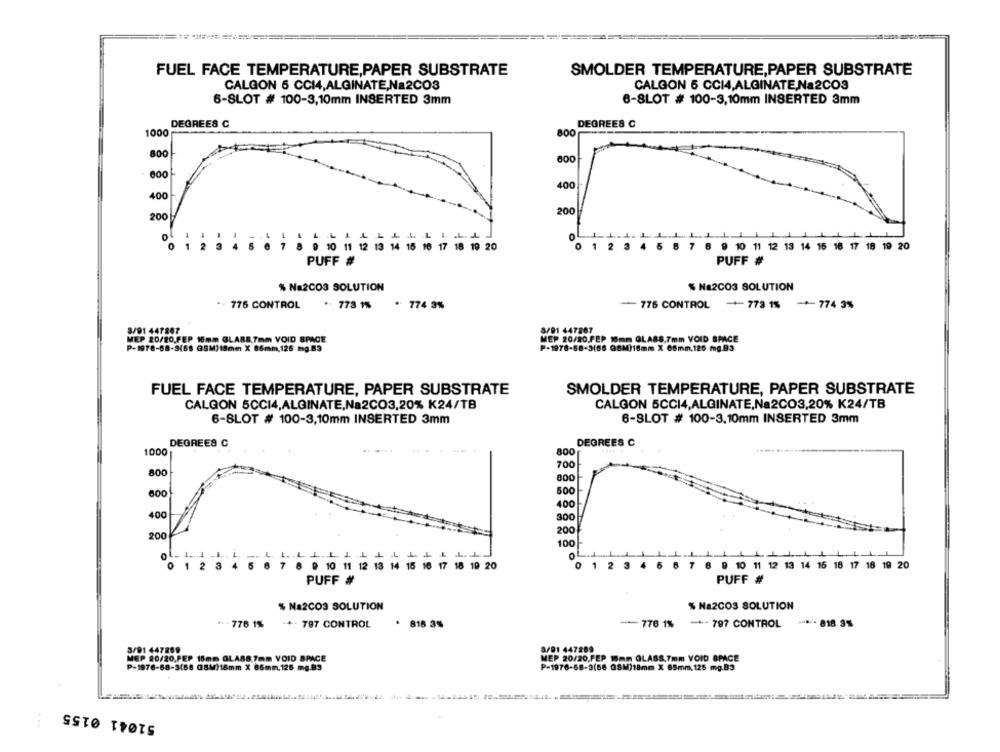
FUEL FACE TEMPERATURE,PAPER SUBSTRATE
SMOLDER TEMPERATURE,PAPER SUBSTRATE
CALGON 5 CC14,ALGINATE,Na2CO3
CALGON 5 CC14,ALGINATE,Na2CO3
6-SLOT # 100-3,10mm INSERTED 3mm
6-SLOT # 100-3,10mm INSERTED 3mm
DEGREES C
DEGREES C
1000
800
800
600
600
400
400
200
200
.
0
1 2 3
9 10 11 12 13 14 15 16 17 18 19 20
4
5 6
7 8 9 10 11 12 13 14 16 16 17 18 19 20
PUFF #
PUFF #
% Na2CO3 SOLUTION
% Na2CO3 SOLUTION
776 CONTROL
.. 773 1%
. 774 3%
-
776 CONTROL
+773 1% -774 3%
3/91 447807
S/91 447267
MEP 20/20,FEP 16mm GLARE,7mm VOID SPACE
MEP 20/80,PEP 1mm QLA88,7mm VOID SPACE
P-1978-88-3(86 38M)16mm X 65mm.126 mg.83
P-1978-68-3(68 GSM)18mm X 86mm,125 mg.83
FUEL FACE TEMPERATURE, PAPER SUBSTRATE
SMOLDER TEMPERATURE, PAPER SUBSTRATE
CALGON 5CCI4,ALGINATE,Na2CO3,20% K24/TB
CALGON 5CC14,ALGINATE,Na2CO3,20% K24/TB
6-SLOT # 100-3,10mm INSERTED 3mm
6-SLOT # 100-3.10mm INSERTED 3mm
DEGREES C
DEGREES C
1000
800
700
800
800
600
500
400
300
200
200
100
1
5
O
1
2
3
4 5 6 7 6 9 10 11 12 13 14 15 18 17 18 19 20
0 1234
7 8 9 10 11 12 13 14 15 16 17 18 19 20
PUFF #
PUFF #
% Na2CO3 SOLUTION
% Na2CO3 SOLUTION
776 1%
-+ - 797 CONTROL
. 818 3%
-- 776 1%
- 797 CONTROL
.... 818 3%
3/91 447269
3/01 447289
MEP 20/20,FEP 15mm GLA88 7mm VOID SPACE
MEP 20/20,FEP 16mm GLASS,7mm VOID SPACE
P-1976-68-3(68 (8M)18mm X 85mm.126 mg.83
P-1976-68-3(56 08M)18mm X 65mm,125 mg.B3
51041 0155